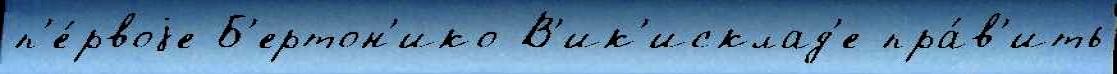
п'е́рвоjе Б'ертон'ико В'ик'исклад'е пра́в'ить